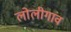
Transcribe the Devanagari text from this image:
लोलीगांव